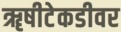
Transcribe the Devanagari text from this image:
ॠषीटेकडीवर